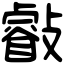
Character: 㪫